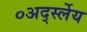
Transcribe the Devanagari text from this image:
०अर्द्स्लेय